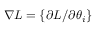
\nabla L = \left\{ \partial L / \partial \theta _ { i } \right\}